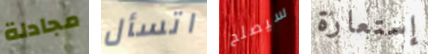
مجادلة اتسأل سيصلح إستعارة